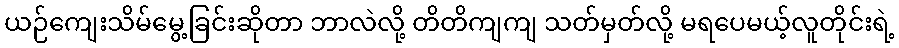
ယဉ်ကျေးသိမ်မွေ့ခြင်းဆိုတာ ဘာလဲလို့ တိတိကျကျ သတ်မှတ်လို့ မရပေမယ့်လူတိုင်းရဲ့